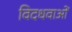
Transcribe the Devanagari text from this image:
विदधवाओं